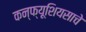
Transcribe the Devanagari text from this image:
कन्फ्यूशियसाचे